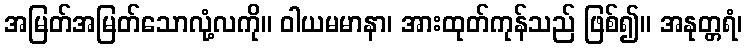
အမြတ်အမြတ်သောလုံ့လကို။ ဝါယမမာနာ၊ အားထုတ်ကုန်သည် ဖြစ်၍။ အနုတ္တရံ၊